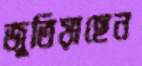
জুতিয়াছেন